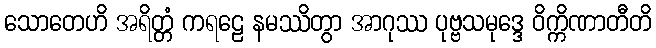
သောတေဟိ အရိတ္တံ ကရဠေ နမဿိတွာ အာဂုဿ ပုဗ္ဗသမုဒ္ဒေ ဝိက္ကိဏာတီတိ